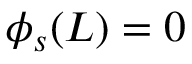
\phi _ { s } ( L ) = 0